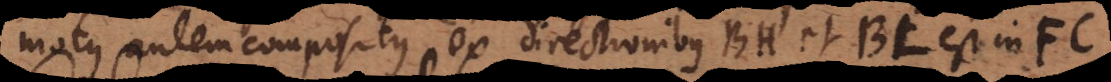
motus autem compositus ex directionibus BH et BL est in FC.